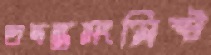
তদন্তসংশ্লিষ্ট